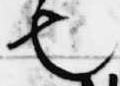
也